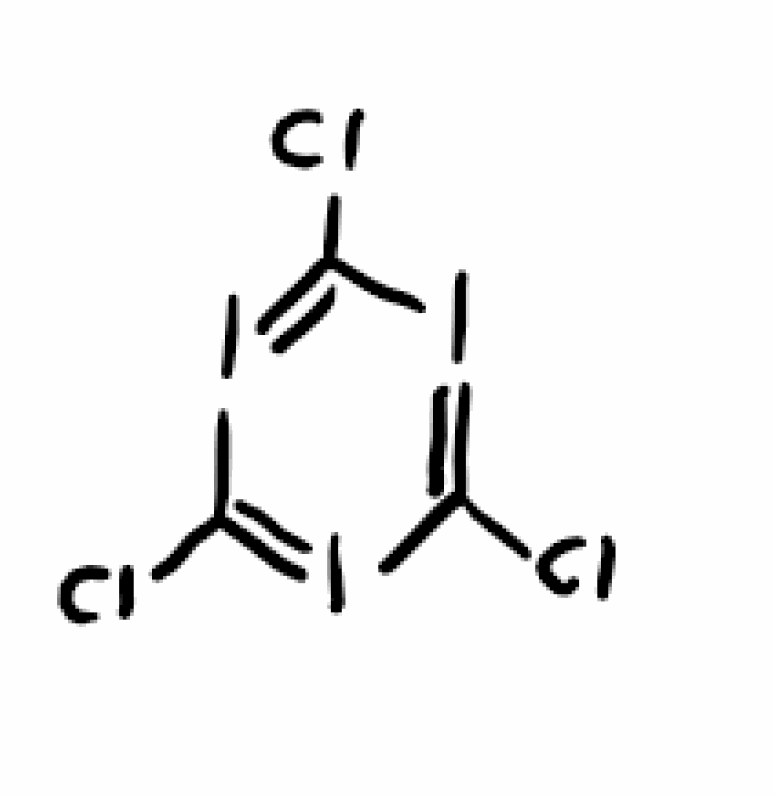
Simplified molecular-input line-entry system (SMILES) notation of the given molecule:
C1(=IC(=IC(=I1)Cl)Cl)Cl